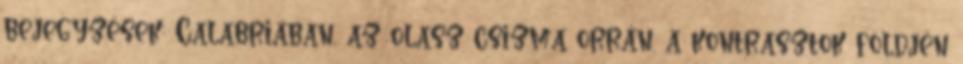
bejegyzések: Calabriában, az olasz csizma orrán, a kontrasztok földjén